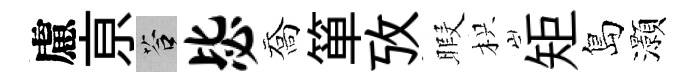
慮亰答毖喬箪攷暇枳矩島灝